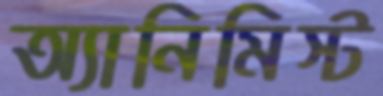
অ্যানিমিস্ট